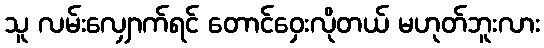
သူ လမ်းလျှောက်ရင် တောင်ဝှေးလိုတယ် မဟုတ်ဘူးလား